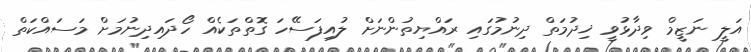
އަލީ ނަޒީމް ވިދާޅުވީ ޚިދުމަތް ދިނުމުގައި ރައްޔިތުންނަށް ލުއިފަސޭހަ ގޮތްތަކެއް ހޯދައިދިނުމަށް މަސައްކަތް